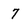
Character: 7